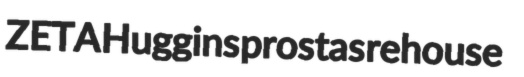
ZETA Huggins prostas rehouse